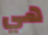
هي